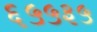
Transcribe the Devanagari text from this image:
६५५३५